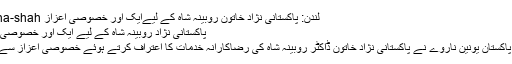
لندن: پاکستانی نژاد خاتون روبینہ شاہ کے لیےایک اور خصوصی اعزاز robina-shah
پاکستانی نژاد روبینہ شاہ کے لیے ایک اور خصوصی اعزاز
لندن : پاکستان یونین ناروے نے پاکستانی نژاد خاتون ڈاکٹر روبینہ شاہ کی رضاکارانہ خدمات کا اعتراف کرتے ہوئے خصوصی اعزاز سے نوازا۔